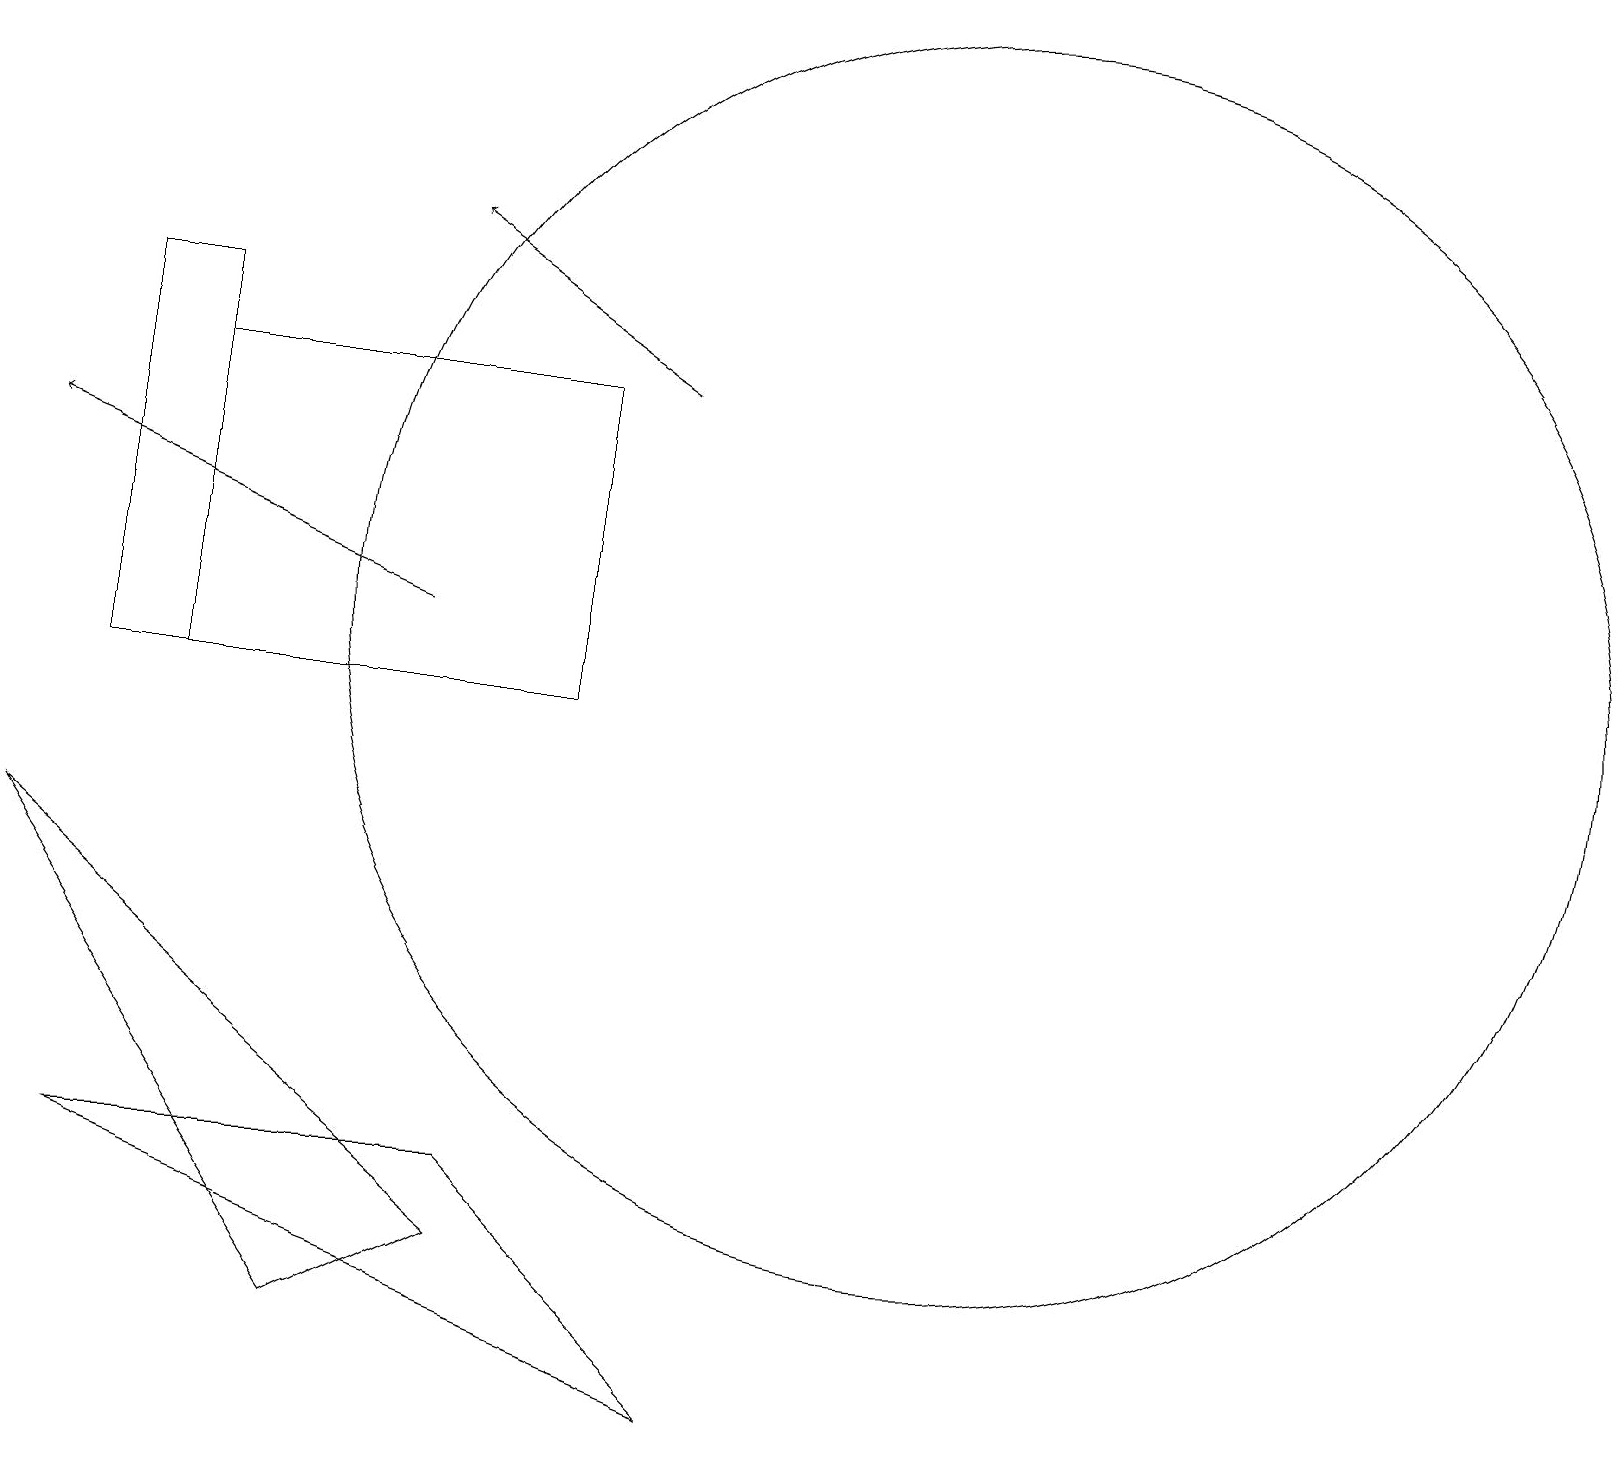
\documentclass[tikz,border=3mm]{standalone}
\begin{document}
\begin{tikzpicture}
\draw (1,4) -- (9,1) -- (6,4) -- cycle;
\draw (7,10) rectangle (2,14);
\draw[->] (8,14) -- (5,16);
\draw[->] (5,11) -- (0,13);
\draw (1,15) rectangle (2,10);
\draw (12,11) circle (8);
\draw (4,2) -- (0,8) -- (6,3) -- cycle;
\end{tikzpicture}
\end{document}